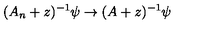
( A _ { n } + z ) ^ { - 1 } \psi \rightarrow ( A + z ) ^ { - 1 } \psi